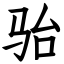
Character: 骀